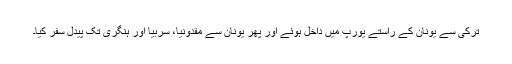
ترکی سے یونان کے راستے یورپ میں داخل ہوئے اور پھر یونان سے مقدونیا، سربیا اور ہنگری تک پیدل سفر کیا۔